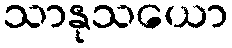
သာနုသယော